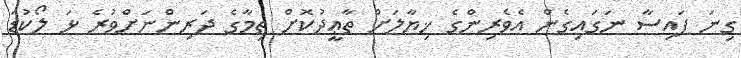
ގިނަ ފައިސާ ނަގައިގެން އެވެރިންގެ ޚިޔާލަށް ތާޢީދުކޮށް ތިމާގެ ދަރިންނަށްވުރެ ޅަ ލޯކުޑަ